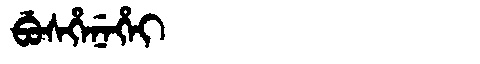
Manchu: ᠪᡠᠰᡥᡝᠨᡝᡥᡝᡳ
Romanization: BUSHENEHEI